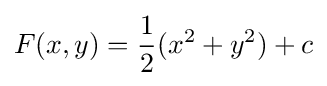
F(x,y)={\frac {1}{2}}(x^{2}+y^{2})+c